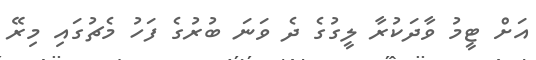
އަށް ޓީމު ވާދަކުރާ ލީގުގެ ދެ ވަނަ ބުރުގެ ފަހު މެޗުގައި މިރޭ